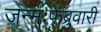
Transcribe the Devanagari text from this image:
जन्मःफेब्रुवारी